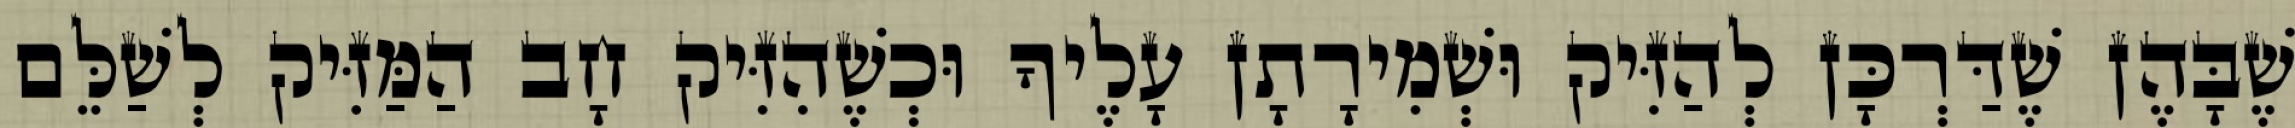
שֶׁבָּהֶן שֶׁדַּרְכָּן לְהַזִּיק וּשְׁמִירָתָן עָלֶיךָ וּכְשֶׁהִזִּיק חָב הַמַּזִּיק לְשַׁלֵּם